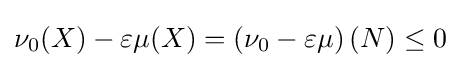
\nu _{0}(X)-\varepsilon \mu (X)=\left(\nu _{0}-\varepsilon \mu \right)(N)\leq 0